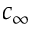
c _ { \infty }